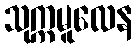
သုက္ကမူလေန